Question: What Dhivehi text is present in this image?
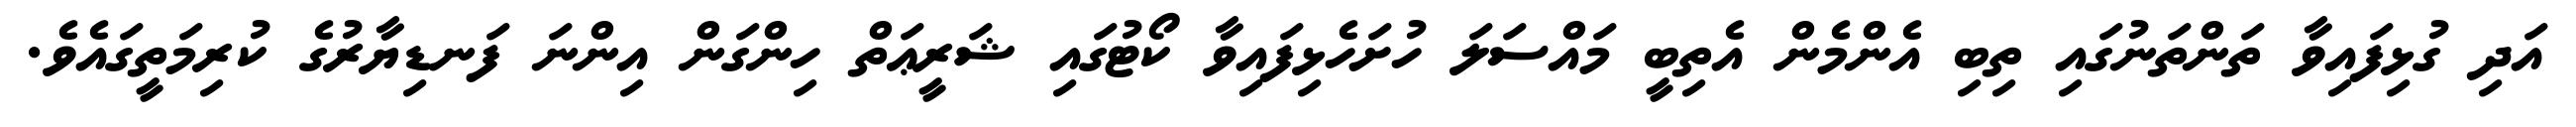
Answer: އަދި ގުޅިފައިވާ ތަންތަނުގައި ތިބި އެންމެން އެތިބީ މައްސަލަ ހުށަހެޅިފައިވާ ކޯޓުގައި ޝަރީޢަތް ހިންގަން އިންނަ ފަނޑިޔާރުގެ ކުރިމަތީގައެވެ.